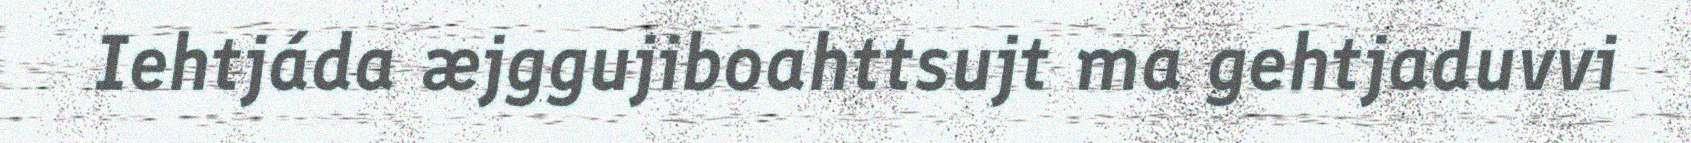
Iehtjáda æjggujiboahttsujt ma gehtjaduvvi